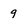
Character: 9